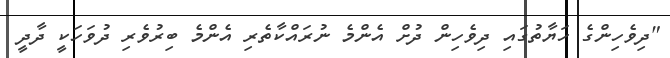
"ދިވެހިންގެ ހަޔާތުގައި ދިވެހިން ދުށް އެންމެ ނުރައްކާތެރި އެންމެ ބިރުވެރި ދުވަހަކީ ދާދީ